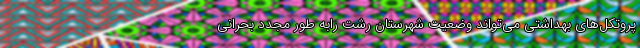
پروتکل‌های بهداشتی می‌تواند وضعیت شهرستان رشت رابه طور مجدد بحرانی